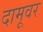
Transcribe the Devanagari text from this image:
दामूवर